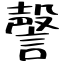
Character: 謦